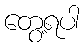
တွေ့ရပါ